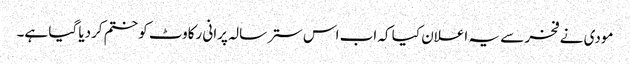
مودی نے فخر سے یہ اعلان کیا کہ اب اس ستر سالہ پرانی رکاوٹ کو ختم کردیا گیا ہے۔